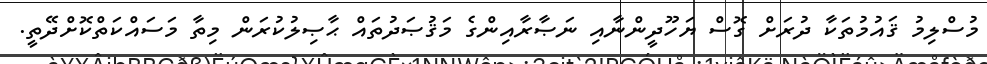
މުސްލިމު ޤައުމުތަކާ ދުރަށް ގޮސް ޔަހޫދީންނާއި ނަޞާރާއިންގެ މަޤުޞަދުތައް ޙާޞިލުކުރަން މިތާ މަސައްކަތްކޮށްދޭތީ.